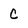
Character: C